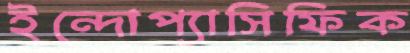
ইন্দোপ্যাসিফিক